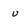
Character: u